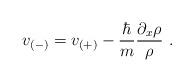
LaTeX: \begin{align*}v_{(-)} = v_{(+)} -\frac{\hbar}{m}\frac{\partial_{x}\rho}{\rho} \, \, .\end{align*}